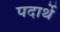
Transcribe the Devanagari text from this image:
पदार्थे